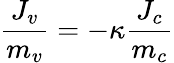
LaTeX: \frac{J_{v}}{m_{v}}=-\kappa\frac{J_{c}}{m_{c}}